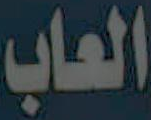
العاب